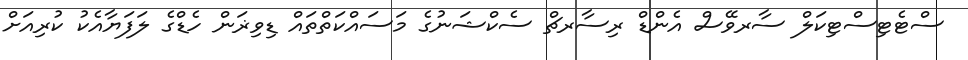
ސްޓެޓިސްޓިކަލް ސާރވޭސް އެންޑް ރިސާރޗް ސެކްޝަނުގެ މަސައްކަތްތައް ޑިވިޜަން ހެޑްގެ ލަފަޔާއެކު ކުރިއަށް